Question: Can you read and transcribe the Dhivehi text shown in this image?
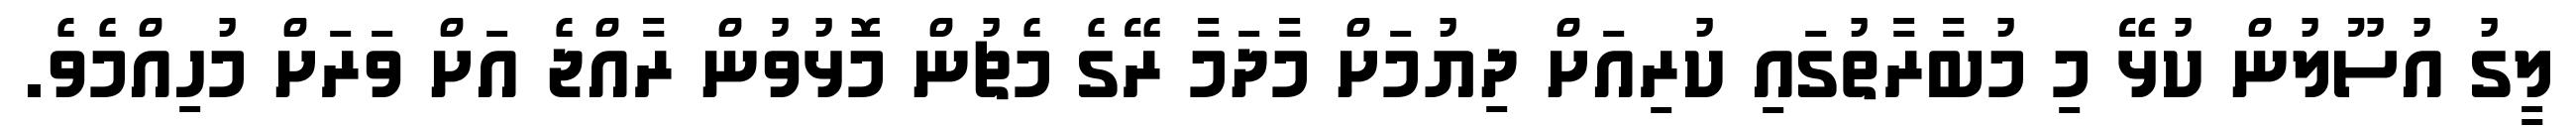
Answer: ލީގު އުސޫލުން ކުޅޭ މި މުބާރާތުގައި ކުރިއަށް ދިޔުމަށް މާދަމާ ރޭގެ މެޗުން މޮޅުވުން ރާއްޖެ އަށް ވަރަށް މުހިއްމެވެ.